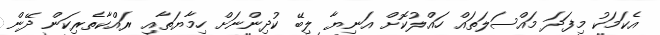
އެކަމަކު މިފަދަ މައްސަލަތައް ހައްލުކޮށް އަނިޔާ ލިބޭ ކުދިންނަށް ހިމާޔަތާއި ރައްކާތެރިކަން ދޭން